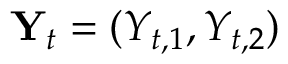
\mathbf { Y } _ { t } = ( Y _ { t , 1 } , Y _ { t , 2 } )